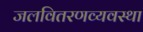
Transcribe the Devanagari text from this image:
जलवितरणव्यवस्था